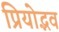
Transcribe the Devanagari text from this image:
प्रियोद्भव